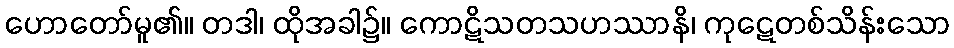
ဟောတော်မူ၏။ တဒါ၊ ထိုအခါ၌။ ကောဋိသတသဟဿာနိ၊ ကုဋေတစ်သိန်းသော